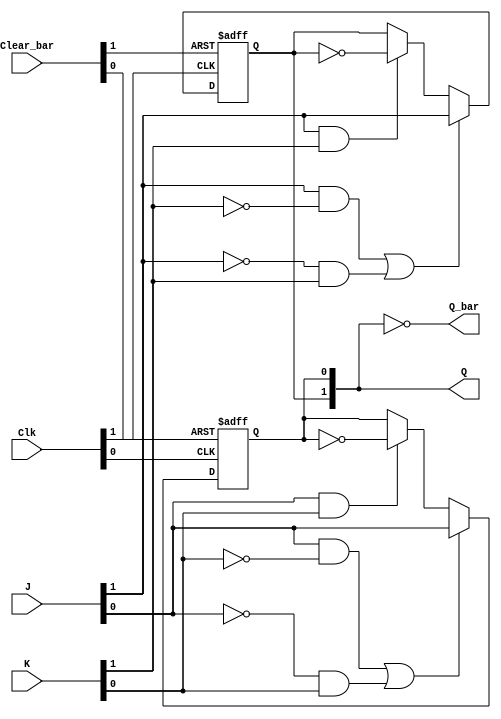
// This program was cloned from: https://github.com/TimRudy/ice-chips-verilog
// License: GNU General Public License v3.0

// Dual J-K flip-flop with clear; negative-edge-triggered

module ttl_7473 #(parameter BLOCKS = 2, DELAY_RISE = 0, DELAY_FALL = 0)
(
  input [BLOCKS-1:0] Clear_bar,
  input [BLOCKS-1:0] J,
  input [BLOCKS-1:0] K,
  input [BLOCKS-1:0] Clk,
  output [BLOCKS-1:0] Q,
  output [BLOCKS-1:0] Q_bar
);

//------------------------------------------------//
reg [BLOCKS-1:0] Q_current;

generate
  genvar i;
  for (i = 0; i < BLOCKS; i = i + 1)
  begin: gen_blocks
    always @(negedge Clk[i] or negedge Clear_bar[i])
    begin
      if (!Clear_bar[i])
        Q_current[i] <= 1'b0;
      else
      begin
        if (J[i] && !K[i] || !J[i] && K[i])
          Q_current[i] <= J[i];
        else if (J[i] && K[i])
          Q_current[i] <= !Q_current[i];
        else
          Q_current[i] <= Q_current[i];
      end
    end
  end
endgenerate
//------------------------------------------------//

assign #(DELAY_RISE, DELAY_FALL) Q = Q_current;
assign #(DELAY_RISE, DELAY_FALL) Q_bar = ~Q_current;

endmodule